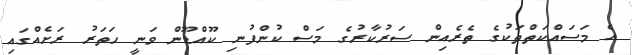
އެ މަސައްކަތްތަކުގެ ތެރެއިން ސަރުކާރުގެ މަސް ކުންފުނި ކޫއްޑޫން ވަނީ ހަތަރު ރަށެއްގައި